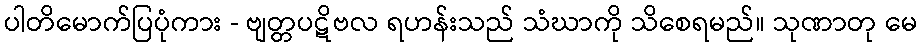
ပါတိမောက်ပြပုံကား - ဗျတ္တပဋိဗလ ရဟန်းသည် သံဃာကို သိစေရမည်။ သုဏာတု မေ